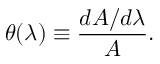
\theta ( \lambda ) \equiv \frac { d { \cal A } / d \lambda } { \cal A } .